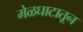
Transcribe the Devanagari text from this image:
मेळघाटातून